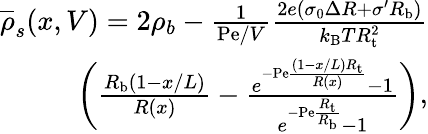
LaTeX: \begin{array}{r}{\overline{{\rho}}_{s}(x,V)=2\rho_{b}-\frac{1}{\mathrm{Pe}/V}\frac{2e\left(\sigma_{0}\Delta R+\sigma^{\prime}R_{\mathrm{b}}\right)}{k_{\mathrm{B}}TR_{\mathrm{t}}^{2}}}\\ {\left(\frac{R_{\mathrm{b}}(1-x/L)}{R(x)}-\frac{e^{-\mathrm{Pe}\frac{(1-x/L)R_{\mathrm{t}}}{R(x)}}-1}{e^{-\mathrm{Pe}\frac{R_{\mathrm{t}}}{R_{\mathrm{b}}}}-1}\right),}\end{array}